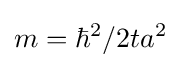
m=\hbar ^{2}/2ta^{2}